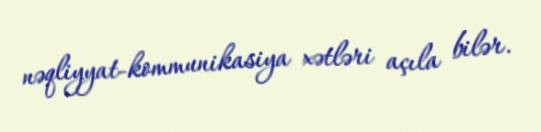
nəqliyyat-kommunikasiya xətləri açıla bilər.